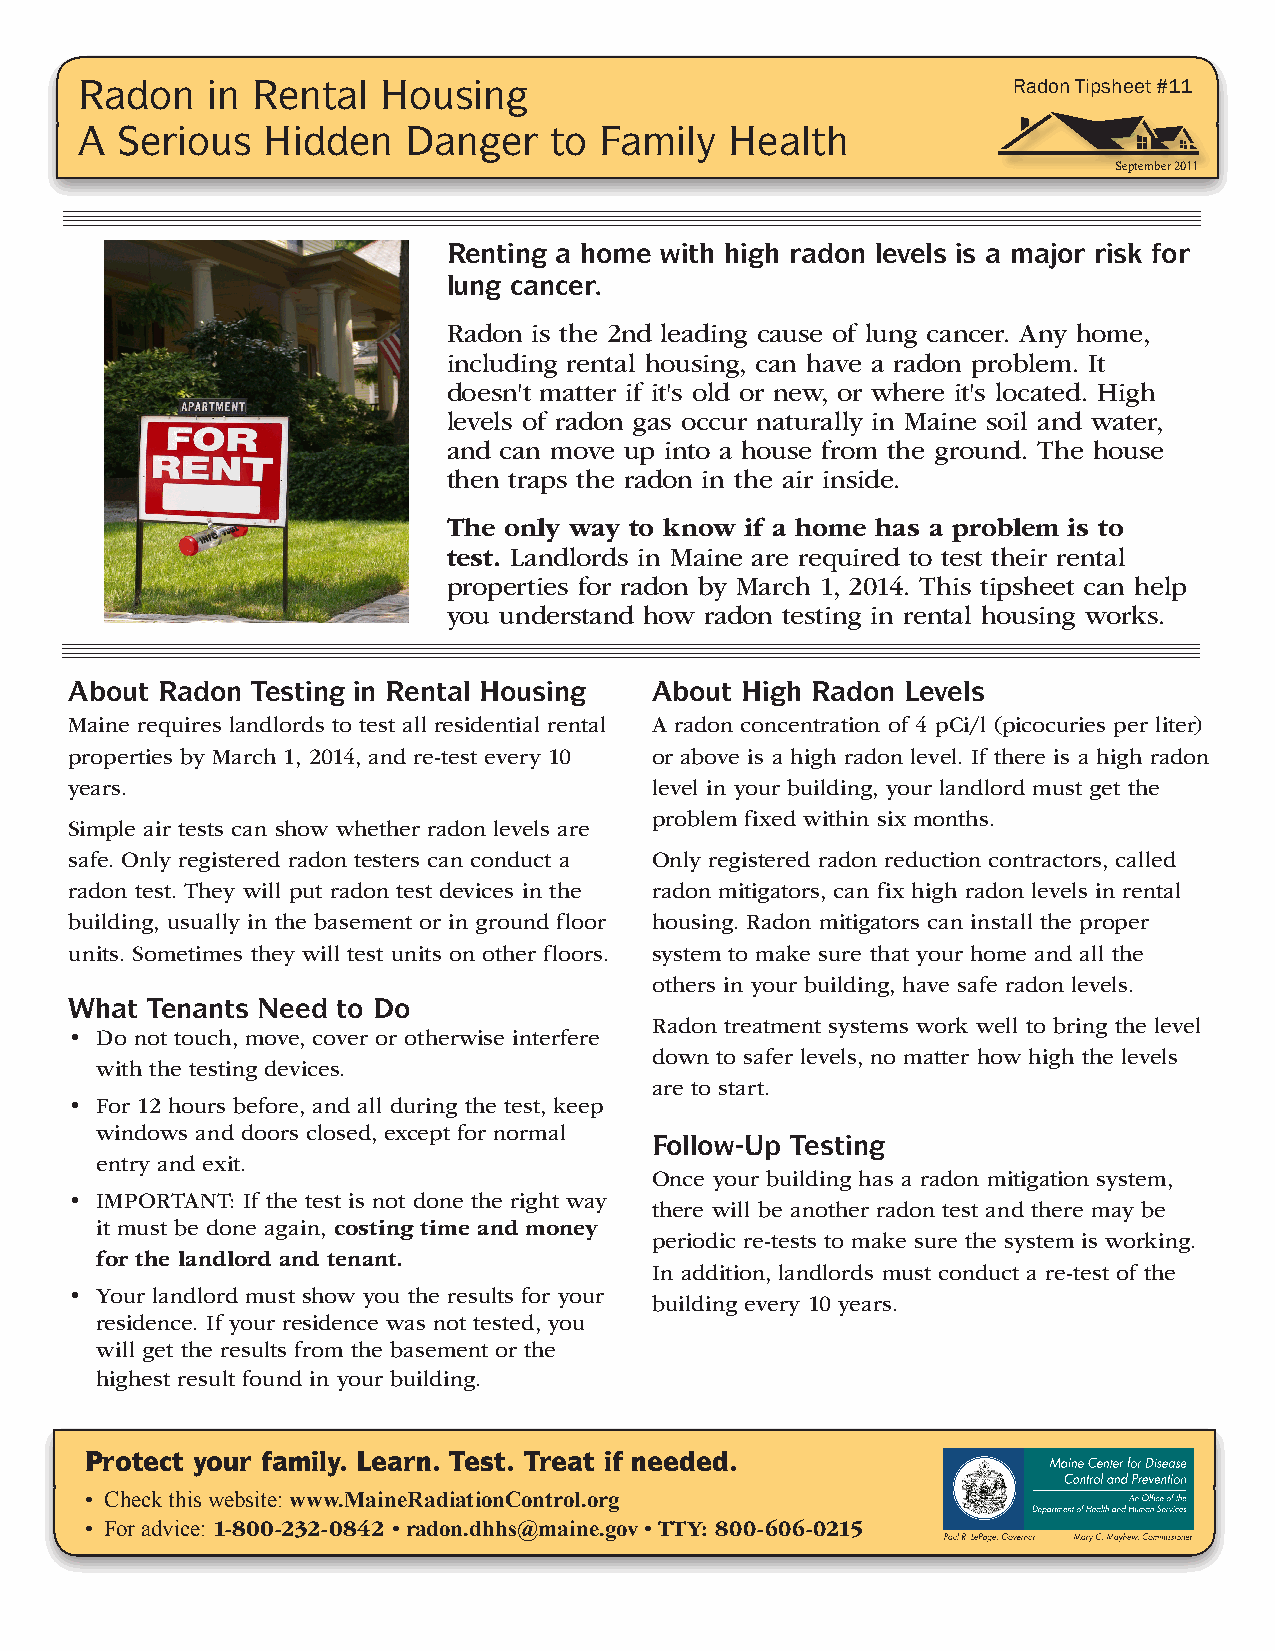
Radon    in Rental  Housing                                   Radon Tipsheet #11
 A  Serious  Hidden    Danger   to  Family  Health
 September 2011
 Renting a home with high radon levels is a major risk for
 lung cancer.
 Radon is the 2nd leading cause of lung cancer. Any home,
 including rental housing, can have a radon problem. It
 doesn't matter if it's old or new, or where it's located. High
 levels of radon gas occur naturally in Maine soil and water,
 and can move up into a house from the ground. The house
 then traps the radon in the air inside.
 The only way to know if a home has a problem is to
 test. Landlords in Maine are required to test their rental
 properties for radon by March 1, 2014. This tipsheet can help
 you understand how radon testing in rental housing works.
 About Radon Testing in Rental Housing About High Radon Levels
 Maine requires landlords to test all residential rental A radon concentration of 4 pCi/l (picocuries per liter)
 properties by March 1, 2014, and re-test every 10 or above is a high radon level. If there is a high radon
 years.                                level in your building, your landlord must get the
 problem fixed within six months.
 Simple air tests can show whether radon levels are
 safe. Only registered radon testers can conduct a Only registered radon reduction contractors, called
 radon test. They will put radon test devices in the radon mitigators, can fix high radon levels in rental
 building, usually in the basement or in ground floor housing. Radon mitigators can install the proper
 units. Sometimes they will test units on other floors. system to make sure that your home and all the
 others in your building, have safe radon levels.
 What Tenants Need to Do
 Radon treatment systems work well to bring the level
 • Do not touch, move, cover or otherwise interfere
 down to safer levels, no matter how high the levels
 with the testing devices.
 are to start.
 • For 12 hours before, and all during the test, keep
 windows and doors closed, except for normal
 Follow-Up Testing
 entry and exit.
 Once your building has a radon mitigation system,
 • IMPORTANT: If the test is not done the right way
 there will be another radon test and there may be
 it must be done again, costing time and money
 periodic re-tests to make sure the system is working.
 for the landlord and tenant.
 In addition, landlords must conduct a re-test of the
 • Your landlord must show you the results for your
 building every 10 years.
 residence. If your residence was not tested, you
 will get the results from the basement or the
 highest result found in your building.
 Protect your family. Learn. Test. Treat if needed.
 • Check this website: www.MaineRadiationControl.org
 • For advice: 1-800-232-0842 • radon.dhhs@maine.gov • TTY: 800-606-0215